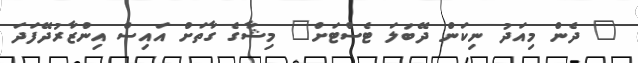
" ދެން މިއަދު ނިކަން ދޭބަލަ ޓެސްޓަށް" މިޝާގެ ގާތަށް އައިސް އިންޒާރުދޭފަދަ